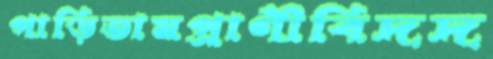
পাড়িতামপ্রাণীবিদদ